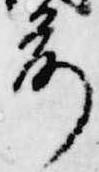
前